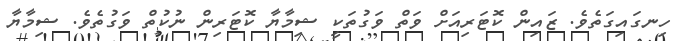
ހިނގައިގަތެވެ. ޒައިން ކޮޓަރިއަށް ވަތް ވަގުތަކީ ޝިމާޔާ ކޮޓަރިން ނުކުތް ވަގުތެވެ. ޝިމާޔާ